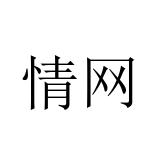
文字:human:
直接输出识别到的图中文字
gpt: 情网